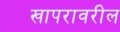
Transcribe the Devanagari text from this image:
खापरावरील